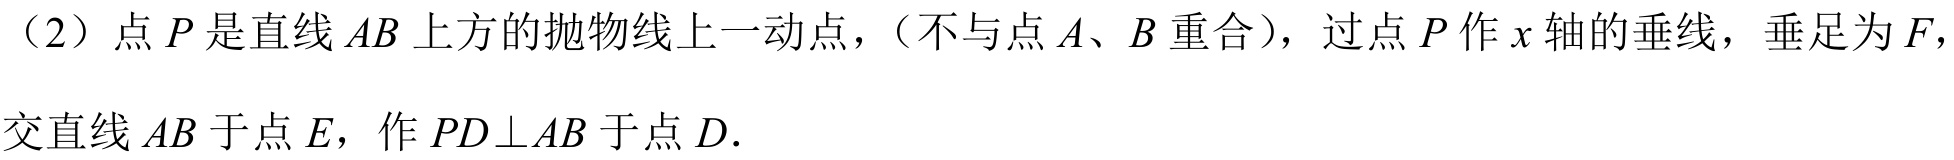
（2）点\(P\)是直线\(AB\)上方的抛物线上一动点，（不与点\(A、B\)重合），过点\(P\)作\(x\)轴的垂线，垂足为\(F\)，交直线\(AB\)于点\(E\)，作\(PD\perp AB\)于点\(D\).